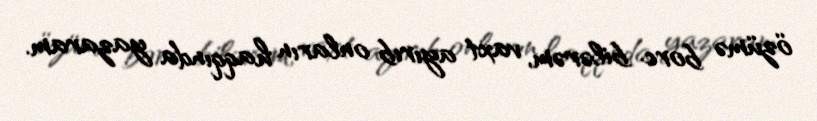
özümə borc bilərəm, vaxt ayırıb onların haqqında yazaram.